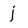
Character: j